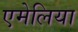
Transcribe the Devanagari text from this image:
एमेलिया